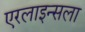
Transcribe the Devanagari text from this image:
एरलाइन्सला